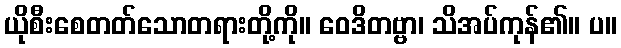
ယိုစီးစေတတ်သောတရားတို့ကို။ ဝေဒိတဗ္ဗာ၊ သိအပ်ကုန်၏။ ပ။